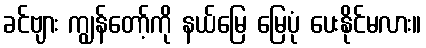
ခင်ဗျား ကျွန်တော့်ကို နယ်မြေ မြေပုံ ပေးနိုင်မလား။